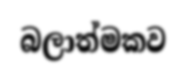
බලාත්මකව